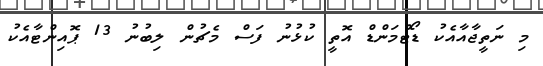
މި ނަތީޖާއާއެކު ޑޯޓްމަންޑް އޮތީ ކުޅުނު ފަސް މެޗުން ލިބުނު 13 ޕޮއިންޓާއެކު